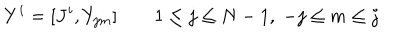
Y ^ { i } = [ J ^ { i } , Y _ { j m } ] \qquad 1 \le j \le N - 1 , \; - j \le m \le j